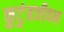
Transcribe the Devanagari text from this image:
कुटुंबजीवन